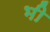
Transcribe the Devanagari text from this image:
भी